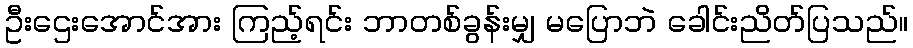
ဦးဌေးအောင်အား ကြည့်ရင်း ဘာတစ်ခွန်းမျှ မပြောဘဲ ခေါင်းညိတ်ပြသည်။